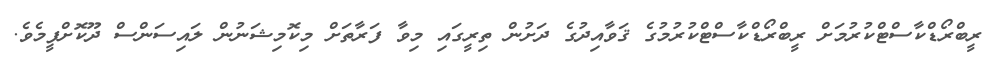
ރީބްރޯޑްކާސްޓްކުރުމަށް ރީބްރޯޑްކާސްޓްކުރުމުގެ ޤަވާއިދުގެ ދަށުން ތިރީގައި މިވާ ފަރާތަށް މިކޮމިޝަނުން ލައިސަންސް ދޫކޮށްފީމެވެ.